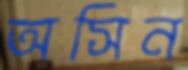
অসিন